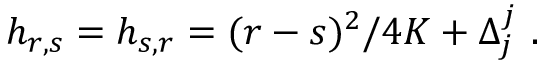
h _ { r , s } = h _ { s , r } = ( r - s ) ^ { 2 } / 4 K + \Delta _ { j } ^ { j } { } ~ .